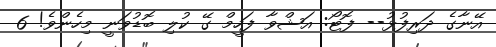
އޭނާގެ ދަރިފުޅު-- ފޮޓޯ: އަޝްވާ ފަހީމް ގޭ ކުލި ބޮޑުވަނީ މިހެންވެ! 6